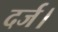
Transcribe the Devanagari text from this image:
दर्ज।